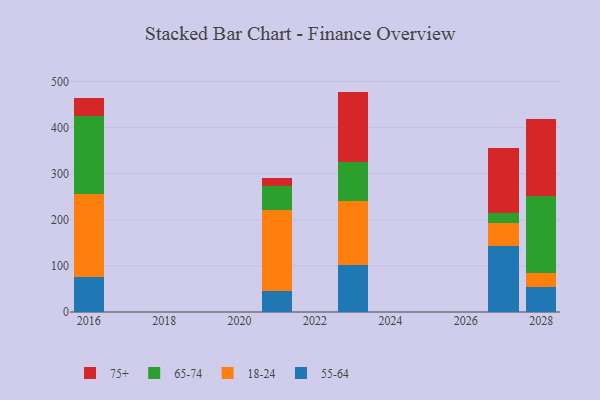
{"axis": {"x": "Year", "y": "Active Users"}, "legend": ["18-24", "55-64", "65-74", "75+"], "data": [{"x": "2027", "y": 143.0, "type": "55-64"}, {"x": "2027", "y": 50.8, "type": "18-24"}, {"x": "2027", "y": 21.9, "type": "65-74"}, {"x": "2027", "y": 140.9, "type": "75+"}, {"x": "2021", "y": 45.3, "type": "55-64"}, {"x": "2021", "y": 176.1, "type": "18-24"}, {"x": "2021", "y": 52.3, "type": "65-74"}, {"x": "2021", "y": 16.5, "type": "75+"}, {"x": "2016", "y": 76.2, "type": "55-64"}, {"x": "2016", "y": 179.8, "type": "18-24"}, {"x": "2016", "y": 169.0, "type": "65-74"}, {"x": "2016", "y": 39.7, "type": "75+"}, {"x": "2028", "y": 55.0, "type": "55-64"}, {"x": "2028", "y": 29.9, "type": "18-24"}, {"x": "2028", "y": 166.7, "type": "65-74"}, {"x": "2028", "y": 167.6, "type": "75+"}, {"x": "2023", "y": 102.3, "type": "55-64"}, {"x": "2023", "y": 138.5, "type": "18-24"}, {"x": "2023", "y": 83.7, "type": "65-74"}, {"x": "2023", "y": 153.5, "type": "75+"}]}